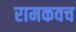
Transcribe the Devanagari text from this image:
रामकवच